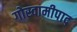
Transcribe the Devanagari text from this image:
गोस्वामीपाद